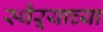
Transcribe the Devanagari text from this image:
स्थैऱ्याच्या